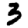
Digit: 3